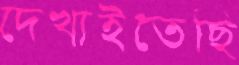
দেখাইতেছি